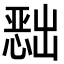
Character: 𭞔